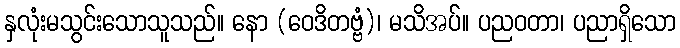
နှလုံးမသွင်းသောသူသည်။ နော (ဝေဒိတဗ္ဗံ)၊ မသိအပ်။ ပညဝတာ၊ ပညာရှိသော